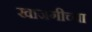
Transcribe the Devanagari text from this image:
खाजगीच्या